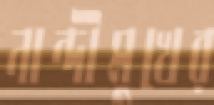
নান্দীমুখের